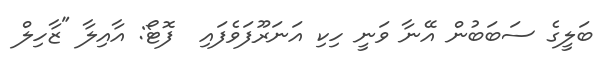
ބަލީގެ ސަބަބުން އޭނާ ވަނީ ހިކި އަނަރޫފަވެފައި  ފޮޓޯ: އާއިލާ "ޒާހިލް